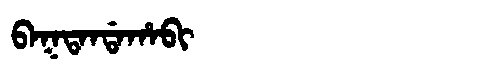
Manchu: ᠪᠠᡴᡨᠠᠨᡩᠠᡥᠠᠪᡳ
Romanization: BAKTANDAHABI